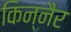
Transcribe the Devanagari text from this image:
किन्नैर